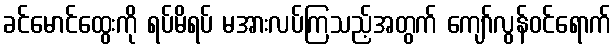
ခင်မောင်ထွေးကို ရပ်မိရပ် မအားလပ်ကြသည့်အတွက် ကျော်လွန်ဝင်ရောက်